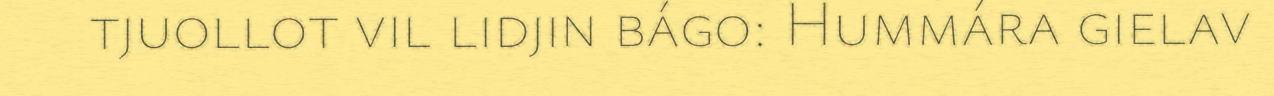
tjuollot vil lidjin bágo: Hummára gielav